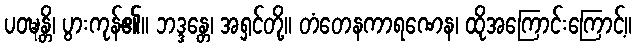
ပဝဍ္ဎန္တိ၊ ပွားကုန်၏။ ဘဒ္ဒန္တေ၊ အရှင်တို့။ တံတေနကာရဏေန၊ ထိုအကြောင်းကြောင့်။